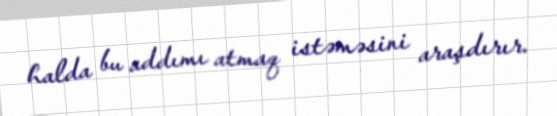
halda bu addımı atmaq istəməsini araşdırır.